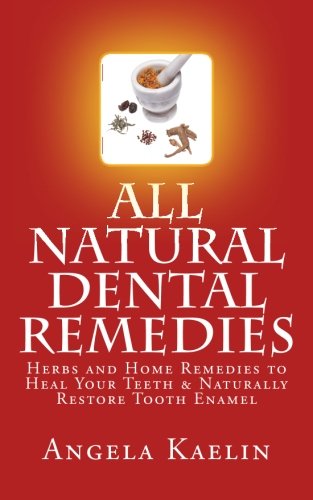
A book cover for All Natural Dental Remedies: Herbs and Home Remedies to Heal Your Teeth & Naturally Restore Tooth Enamel; Angela Kaelin; Medical Books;